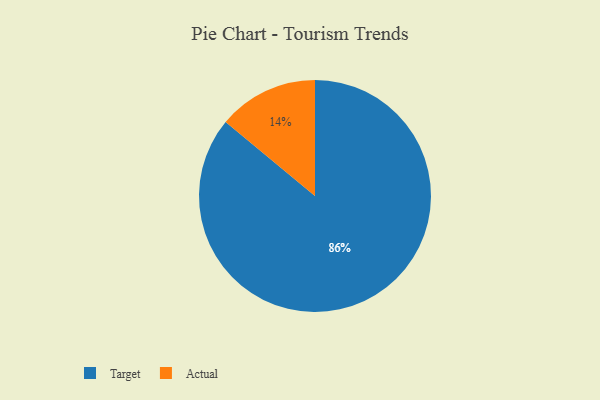
{"axis": {"x": "Category", "y": "Percentage"}, "legend": ["Actual", "Target"], "data": [{"x": "Actual", "y": 14, "type": "Actual"}, {"x": "Target", "y": 86, "type": "Target"}]}